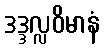
ဒဒ္ဒလ္လဝိမာနံ